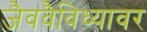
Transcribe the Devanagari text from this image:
जैववैविध्यावर